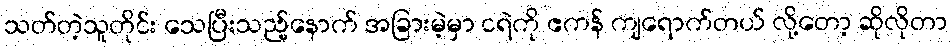
သတ်တဲ့သူတိုင်း သေပြီးသည့်နောက် အခြားမဲ့မှာ ငရဲကို ဧကန် ကျရောက်တယ် လို့တော့ ဆိုလိုတာ